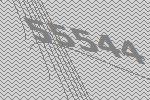
55544